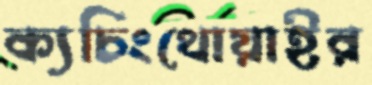
ক্যচিংথোয়াইর